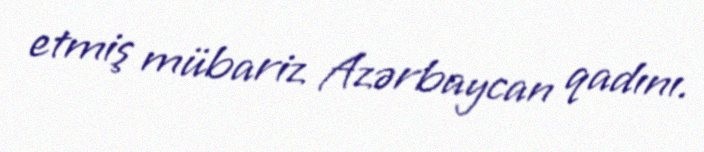
etmiş mübariz Azərbaycan qadını.